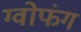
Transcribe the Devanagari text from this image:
ग्वोफंग